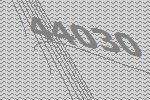
44030